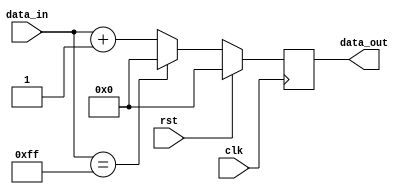
module mod_n_counter #(parameter N=256, parameter WIDTH = 32)(
    input clk,
    input rst,
    input [WIDTH-1:0] data_in,
    output reg [WIDTH-1:0] data_out
    );
    
    always @ (posedge clk) begin
        if (rst)
            data_out <= 0;
        else begin
            if (data_in == N-1)
                data_out <= 0;
            else
                data_out <= data_in + 1;     
        end
    end
endmodule